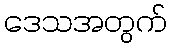
ဒေသအတွက်